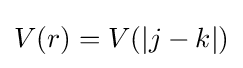
V(r)=V(|j-k|)